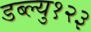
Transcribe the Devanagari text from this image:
डब्ल्यु१२३